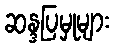
ဆန္ဒပြမှုများ